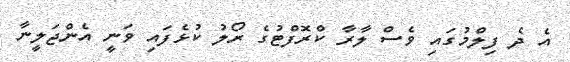
އެ ދެ ފިލްމުގައި ވެސް ލާރާ ކްރޮފްޓުގެ ރޯލު ކުޅެފައި ވަނީ އެންޖަލީނާ